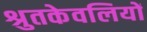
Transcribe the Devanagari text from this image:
श्रुतकेवलियों